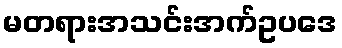
မတရားအသင်းအက်ဥပဒေ